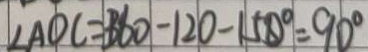
\angle A O C = 3 6 0 - 1 2 0 - 1 5 0 ^ { \circ } = 9 0 ^ { \circ }